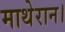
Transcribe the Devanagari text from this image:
माथेरान।